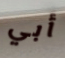
أبي